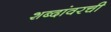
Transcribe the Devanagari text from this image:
शब्दांवरची